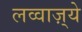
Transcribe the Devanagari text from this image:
लव्वाज़्ये